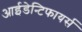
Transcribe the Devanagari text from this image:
आईडेन्टिफायर्स